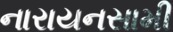
નારાયનસામી